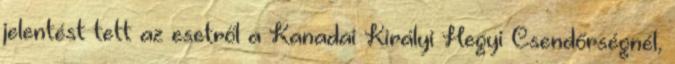
jelentést tett az esetről a Kanadai Királyi Hegyi Csendőrségnél,